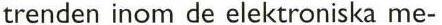
trenden inom de elektroniska me-